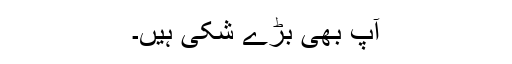
آپ بھی بڑے شکی ہیں۔